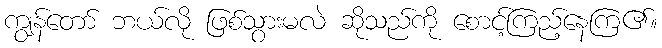
ကျွန်တော် ဘယ်လို ဖြစ်သွားမလဲ ဆိုသည်ကို စောင့်ကြည့်နေကြ၏။